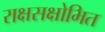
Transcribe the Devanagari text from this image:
राक्षसक्षोभित